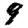
Digit: 9